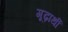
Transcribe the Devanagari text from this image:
गूढ़ार्थी